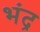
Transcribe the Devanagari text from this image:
भंद्र